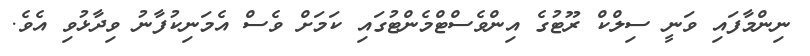
ނިންމާފައި ވަނީ ސިލްކް ރޫޓުގެ އިންވެސްޓްމެންޓުގައި ކަަމަށް ވެސް އެމަނިކުފާނު ވިދާޅުވި އެވެ.